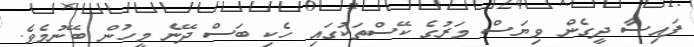
ފައިސާ ދީގެން ވިޔަސް މަރުގެ ކޭސްތަކުގައި ހެކި ބަސް ދޭނެ މީހުން ބޭނުމެވެ.